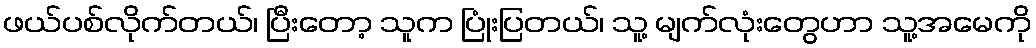
ဖယ်ပစ်လိုက်တယ်၊ ပြီးတော့ သူက ပြုံးပြတယ်၊ သူ့ မျက်လုံးတွေဟာ သူ့အမေကို